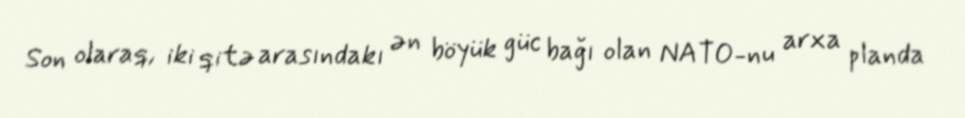
Son olaraq, iki qitə arasındakı ən böyük güc bağı olan NATO-nu arxa planda